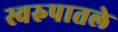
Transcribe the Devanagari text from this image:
स्वरुपातले